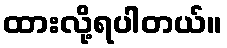
ထားလို့ရပါတယ်။